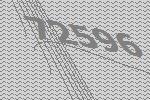
72596